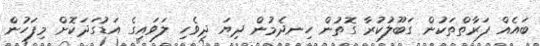
ބައެއް ފަރާތްތަކުން ގަބޫލުކުރާ ގޮތުން ހިނދެމުން ދިޔަ ދިވެހި ލަވައިގެ އަޑުގަދަކޮށް މިފަހުން